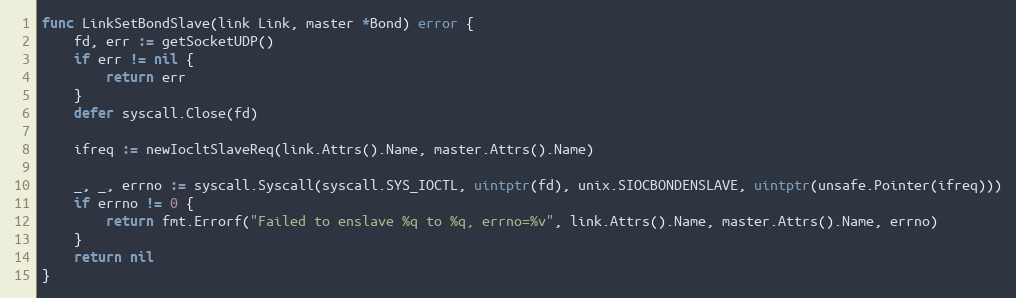
Language: Go
func LinkSetBondSlave(link Link, master *Bond) error {
	fd, err := getSocketUDP()
	if err != nil {
		return err
	}
	defer syscall.Close(fd)

	ifreq := newIocltSlaveReq(link.Attrs().Name, master.Attrs().Name)

	_, _, errno := syscall.Syscall(syscall.SYS_IOCTL, uintptr(fd), unix.SIOCBONDENSLAVE, uintptr(unsafe.Pointer(ifreq)))
	if errno != 0 {
		return fmt.Errorf("Failed to enslave %q to %q, errno=%v", link.Attrs().Name, master.Attrs().Name, errno)
	}
	return nil
}